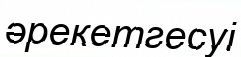
әрекетгесуі